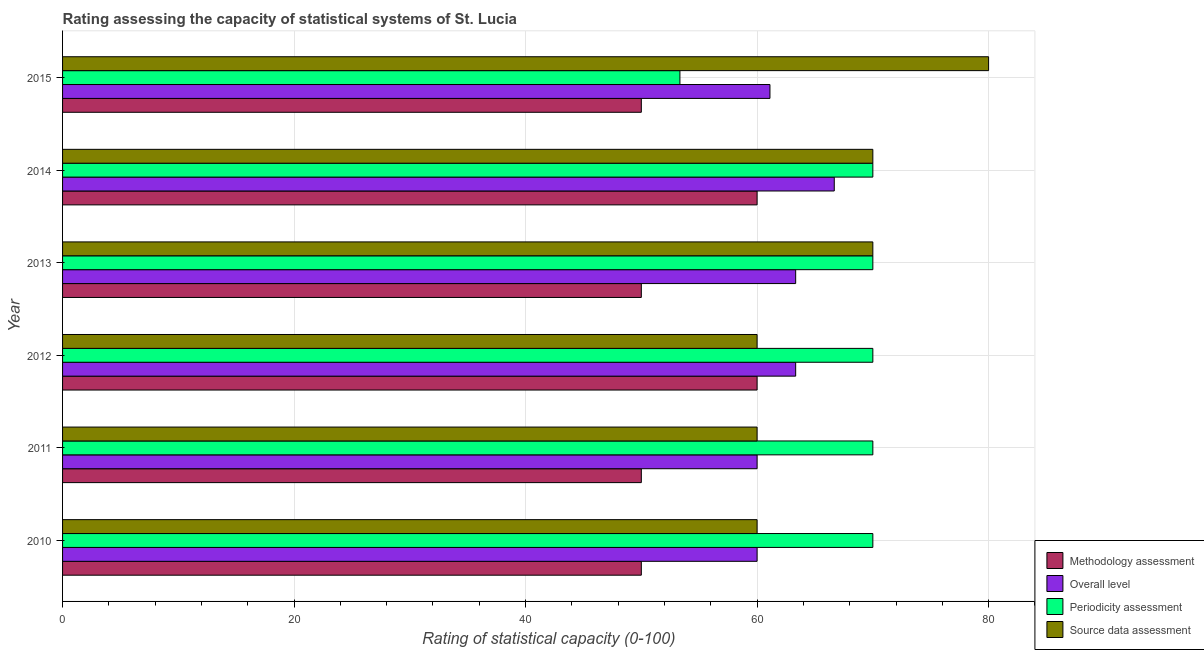
| Year | Methodology assessment | Overall level | Periodicity assessment | Source data assessment |
 | --- | --- | --- | --- | --- |
 | 2010 | 50 | 60 | 70 | 60 |
 | 2011 | 50 | 60 | 70 | 60 |
 | 2012 | 60 | 63.3 | 70 | 60 |
 | 2013 | 50 | 63.3 | 70 | 70 |
 | 2014 | 60 | 66.7 | 70 | 70 |
 | 2015 | 50 | 61.1 | 53.3 | 80 |